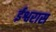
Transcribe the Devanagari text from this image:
ईश्वरास